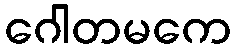
ဂေါတမကေ